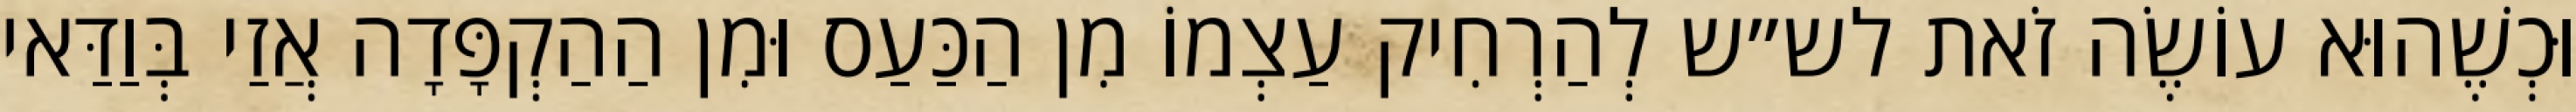
וּכְשֶׁהוּא עוֹשֶׂה זֹאת לש״ש לְהַרְחִיק עַצְמוֹ מִן הַכַּעַס וּמִן הַהַקְפָּדָה אֲזַי בְּוַדַּאי